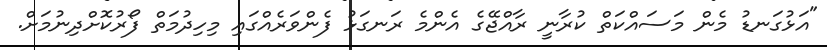
"އަޅުގަނޑު މެން މަސައްކަތް ކުރާނީ ރާއްޖޭގެ އެންމެ ރަނގަޅު ފެންވަރެއްގައި މިހިދުމަތް ފޯރުކޮށްދިނުމަށް.